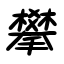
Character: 攀